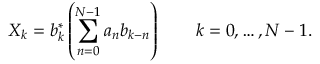
X _ { k } = b _ { k } ^ { * } \left( \sum _ { n = 0 } ^ { N - 1 } a _ { n } b _ { k - n } \right) \qquad k = 0 , \dots , N - 1 .